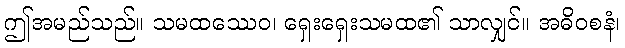
ဤအမည်သည်။ သမထဿေဝ၊ ရှေးရှေးသမထ၏ သာလျှင်။ အဓိဝစနံ၊